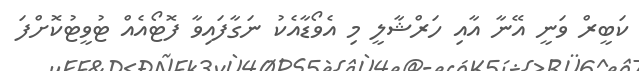
ކަބީރް ވަނީ އޭނާ އާއި ހަރްޝާލީ މި އެވޯޑާއެކު ނަގާފައިވާ ފޮޓޯއެއް ޓުވީޓުކޮށްފަ